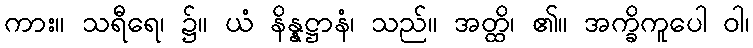
ကား။ သရီရေ၊ ၌။ ယံ နိန္နဋ္ဌာနံ၊ သည်။ အတ္ထိ၊ ၏။ အက္ခိကူပေါ ဝါ၊